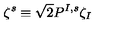
\zeta ^ { s } \equiv { \sqrt { 2 } } P ^ { I , s } \zeta _ { I }